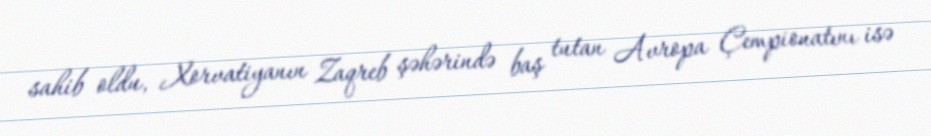
sahib oldu, Xorvatiyanın Zaqreb şəhərində baş tutan Avropa Çempionatını isə